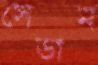
সেডান